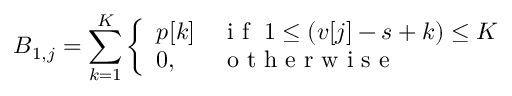
B _ { 1 , j } = \sum _ { k = 1 } ^ { K } \left\{ \begin{array} { l l } { p [ k ] } & { \mathrm { ~ i ~ f ~ } \; 1 \leq ( v [ j ] - s + k ) \leq K } \\ { 0 , } & { \mathrm { ~ o ~ t ~ h ~ e ~ r ~ w ~ i ~ s ~ e ~ } } \end{array} \right.